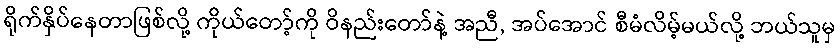
ရိုက်နှိပ်နေတာဖြစ်လို့ ကိုယ်တော့်ကို ဝိနည်းတော်နဲ့ အညီ, အပ်အောင် စီမံလိမ့်မယ်လို့ ဘယ်သူမှ